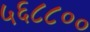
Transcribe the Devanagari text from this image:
५६८८००